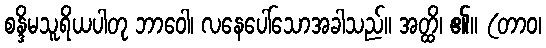
စန္ဒိမသူရိယပါတု ဘာဝေါ၊ လနေပေါ်သောအခါသည်။ အတ္ထိ၊ ၏။ (တာဝ၊